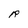
Character: R